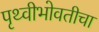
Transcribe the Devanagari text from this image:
पृथ्वीभोवतीचा